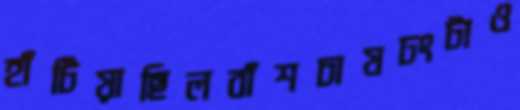
হাঁটিয়াছিলবাঁশচাষঢংটাও